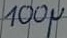
Text: 100µ